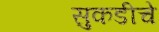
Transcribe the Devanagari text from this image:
सुकडीचे